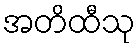
အတိထီသု